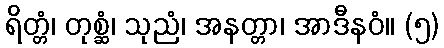
ရိတ္တံ၊ တုစ္ဆံ၊ သုညံ၊ အနတ္တာ၊ အာဒီနဝံ။ (၅)